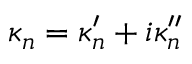
\kappa _ { n } = \kappa _ { n } ^ { \prime } + i \kappa _ { n } ^ { \prime \prime }